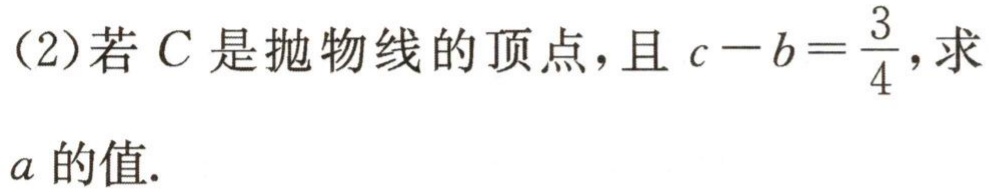
（2）若\(C\)是抛物线的顶点，且\(c - b=\frac{3}{4}\)，求
\(a\)的值.